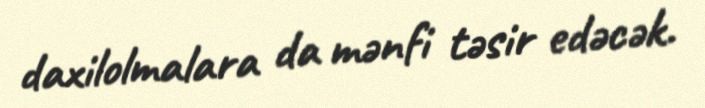
daxilolmalara da mənfi təsir edəcək.